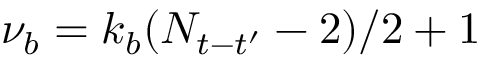
\nu _ { b } = k _ { b } ( N _ { t - t ^ { \prime } } - 2 ) / 2 + 1